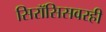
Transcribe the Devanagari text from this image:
सिरॉसिसवरही